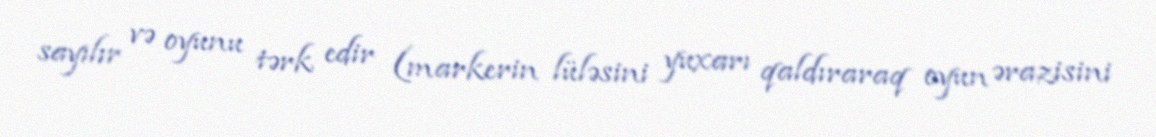
sayılır və oyunu tərk edir (markerin lüləsini yuxarı qaldıraraq oyun ərazisini